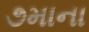
૭માના